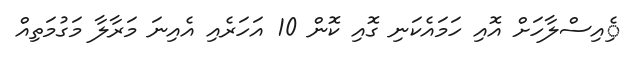
ެިއިސްލާހަށް އޮއި ހަމައެކަނި ގޮއި ކޮން 10 އަހަރެއި އެއިނަ މަރާލާ މަގުމަތިއް